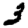
Digit: 3